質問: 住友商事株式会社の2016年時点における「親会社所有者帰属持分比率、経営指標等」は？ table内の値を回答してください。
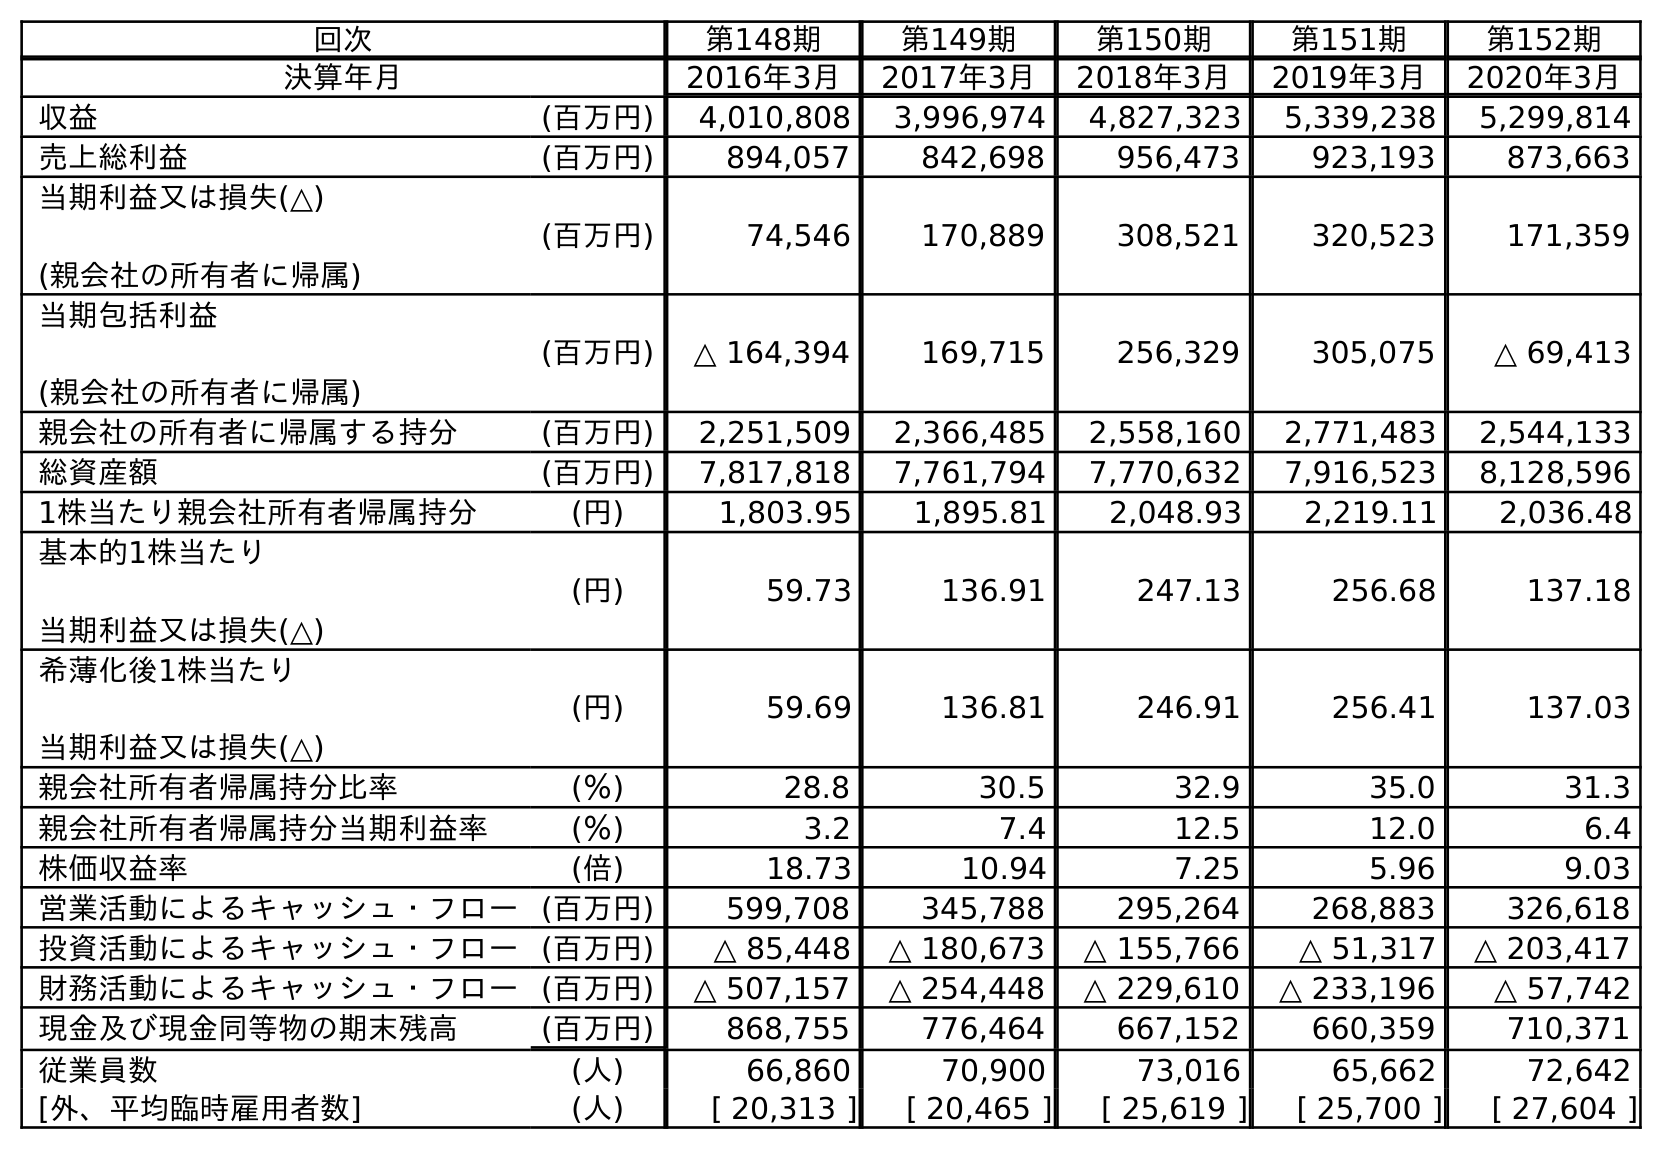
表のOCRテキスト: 回次 第148期 第149期 第150期 第151期 第152期 決算年月 2016年3月 2017年3月 2018年3月 2019年3月 2020年3月 収益 (百万円) 4,010,808 3,996,974 4,827,323 5,339,238 5,299,814 売上総利益 (百万円) 894,057 842,698 956,473 923,193 873,663 当期利益又は損失(△) (親会社の所有者に帰属) (百万円) 74,546 170,889 308,521 320,523 171,359 当期包括利益 (親会社の所有者に帰属) (百万円) △ 164,394 169,715 256,329 305,075 △ 69,413 親会社の所有者に帰属する持分 (百万円) 2,251,509 2,366,485 2,558,160 2,771,483 2,544,133 総資産額 (百万円) 7,817,818 7,761,794 7,770,632 7,916,523 8,128,596 1株当たり親会社所有者帰属持分 (円) 1,803.95 1,895.81 2,048.93 2,219.11 2,036.48 基本的1株当たり 当期利益又は損失(△) (円) 59.73 136.91 247.13 256.68 137.18 希薄化後1株当たり 当期利益又は損失(△) (円) 59.69 136.81 246.91 256.41 137.03 親会社所有者帰属持分比率 (％) 28.8 30.5 32.9 35.0 31.3 親会社所有者帰属持分当期利益率 (％) 3.2 7.4 12.5 12.0 6.4 株価収益率 (倍) 18.73 10.94 7.25 5.96 9.03 営業活動によるキャッシュ・フロー(百万円) 599,708 345,788 295,264 268,883 326,618 投資活動によるキャッシュ・フロー(百万円) △ 85,448 △ 180,673 △ 155,766 △ 51,317 △ 203,417 財務活動によるキャッシュ・フロー(百万円) △ 507,157 △ 254,448 △ 229,610 △ 233,196 △ 57,742 現金及び現金同等物の期末残高 (百万円) 868,755 776,464 667,152 660,359 710,371 従業員数 (人) 66,860 70,900 73,016 65,662 72,642 [外、平均臨時雇用者数] (人) [ 20,313 ] [ 20,465 ] [ 25,619 ] [ 25,700 ] [ 27,604 ]
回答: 28.8